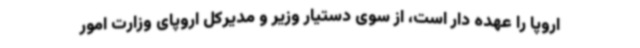
اروپا را عهده دار است، از سوی دستیار وزیر و مدیرکل اروپای وزارت امور